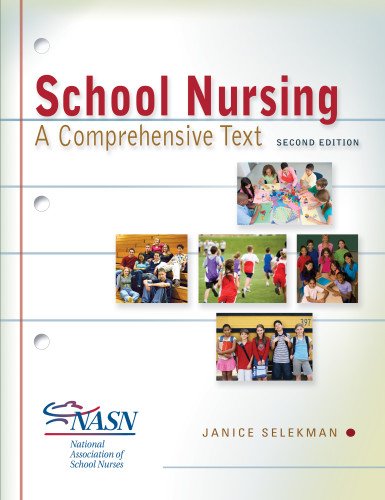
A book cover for School Nursing: A Comprehensive Text; Janice Selekman DNSc  RN; Medical Books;